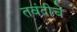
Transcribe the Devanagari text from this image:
तवंदीचे